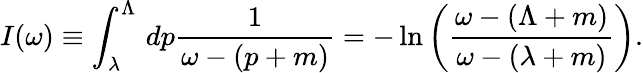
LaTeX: I(\omega)\equiv\int_{\lambda}^{\Lambda}\, dp\frac{1}{\omega-(p+m)}=-\, \mathrm{ln}\left(\frac{\omega-(\Lambda+m)}{\omega-(\lambda+m)}\right).